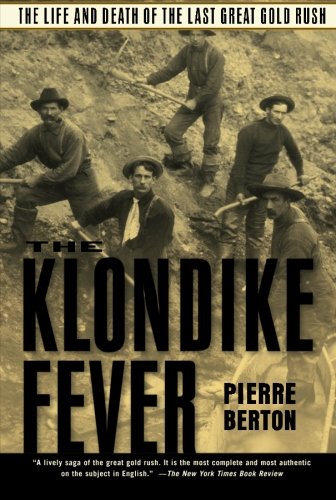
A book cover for The Klondike Fever: The Life and Death of the Last Great Gold Rush; Pierre Berton; History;